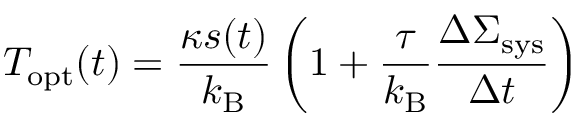
T _ { \mathrm { o p t } } ( t ) = \frac { \kappa s ( t ) } { k _ { \mathrm { B } } } \left( 1 + \frac { \tau } { k _ { \mathrm { B } } } \frac { \Delta \Sigma _ { \mathrm { s y s } } } { \Delta t } \right)